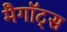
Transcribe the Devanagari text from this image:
मैगॉट्स